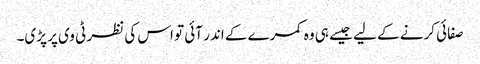
صفائی کرنے کے لیے جیسے ہی وہ کمرے کے اندر آئی تو اس کی نظر ٹی وی پر پڑی۔